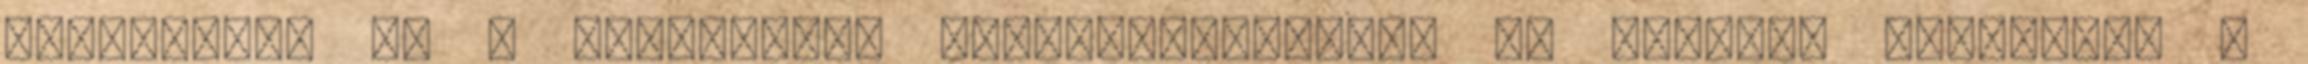
Világjárók és a Művészetek előadássorozatok I. féléves programja 0